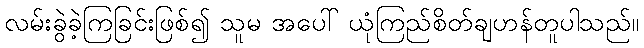
လမ်းခွဲခဲ့ကြခြင်းဖြစ်၍ သူမ အပေါ် ယုံကြည်စိတ်ချဟန်တူပါသည်။